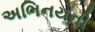
અભિનયની